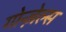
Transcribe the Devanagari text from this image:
गोन्ज़ेल्स